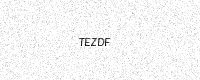
Text: TEZDF